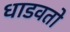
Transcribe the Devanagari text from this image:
धाडवतो